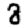
Digit: 8